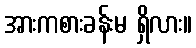
အားကစားခန်းမ ရှိလား။